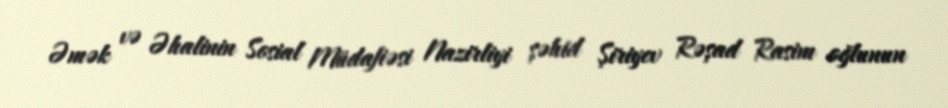
Əmək və Əhalinin Sosial Müdafiəsi Nazirliyi şəhid Şiriyev Rəşad Rasim oğlunun